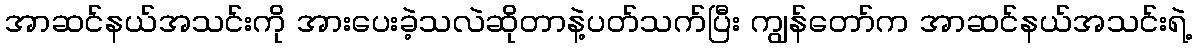
အာဆင်နယ်အသင်းကို အားပေးခဲ့သလဲဆိုတာနဲ့ပတ်သက်ပြီး ကျွန်တော်က အာဆင်နယ်အသင်းရဲ့